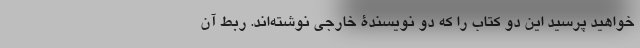
خواهید پرسید این دو کتاب را که دو نویسندۀ خارجی نوشته‌اند. ربط آن